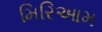
મિરિઆમ